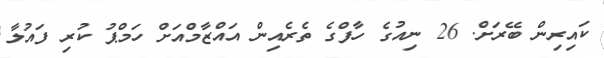
ކައިރިން ބޭރަށް. 26 ނިއުގެ ހާފްގެ ތެރެއިން އައްޒާމްއަށް ހަމްޕު ކުރި ފައުލާ